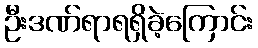
ဦးဒဏ်ရာရရှိခဲ့ကြောင်း